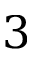
3